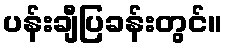
ပန်းချီပြခန်းတွင်။